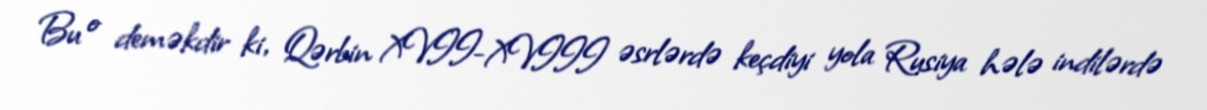
Bu o deməkdir ki, Qərbin XVII-XVIII əsrlərdə keçdiyi yola Rusiya hələ indilərdə